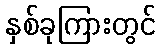
နှစ်ခုကြားတွင်